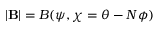
| \mathbf { B } | = B ( \psi , \chi = \theta - N \phi )